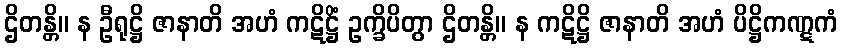
ဌိတန္တိ။ န ဦရုဋ္ဌိ ဇာနာတိ အဟံ ကဋိဋ္ဌိံ ဥက္ခိပိတွာ ဌိတန္တိ။ န ကဋိဋ္ဌိ ဇာနာတိ အဟံ ပိဋ္ဌိကဏ္ဋကံ